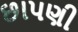
છાપણી